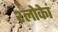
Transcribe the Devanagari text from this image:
श्लोकेां